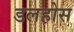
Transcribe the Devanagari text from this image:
डलहोस